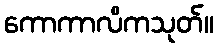
ကောကာလိကသုတ်။